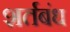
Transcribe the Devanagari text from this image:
शर्तबंध